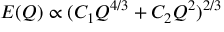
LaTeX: E ( Q ) \propto ( C _ { 1 } Q ^ { 4 / 3 } + C _ { 2 } Q ^ { 2 } ) ^ { 2 / 3 }